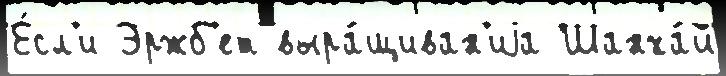
Е́сл'и Эржб'ет выра́щиван'иjа Шанха́й